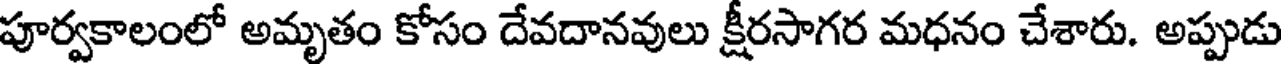
పూర్వకాలంలో అమృతం కోసం దేవదానవులు క్షీరసాగర మధనం చేశారు. అప్పుడు